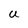
Character: u